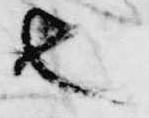
也